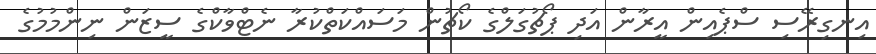
އިނގިރޭސި ސްޕެއިން އީރާން އަދި ޕޯޗުގަލްގެ ކޯޗުން މަސައްކަތްކުރާ ނެޓްވާކްގެ ސީޒަން ނިންމުމުގެ